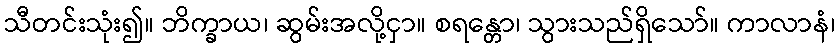
သီတင်းသုံး၍။ ဘိက္ခာယ၊ ဆွမ်းအလို့ငှာ။ စရန္တော၊ သွားသည်ရှိသော်။ ကာလာနံ၊